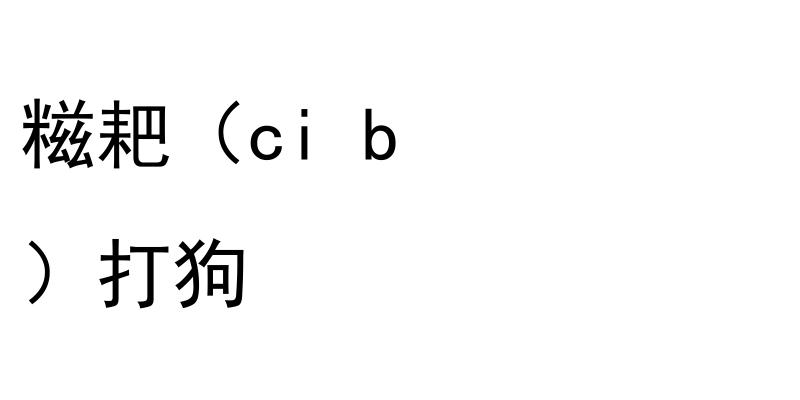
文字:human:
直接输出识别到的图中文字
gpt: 糍耙（ci b ）打狗